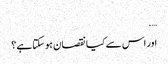
….
اور اس سے کیا نقصان ہوسکتاہے؟